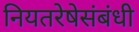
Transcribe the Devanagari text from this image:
नियतरेषेसंबंधी